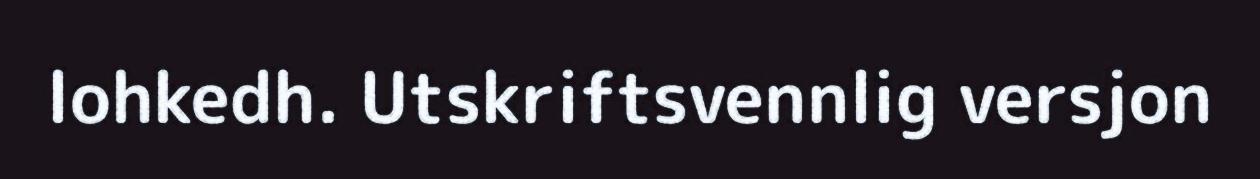
lohkedh. Utskriftsvennlig versjon